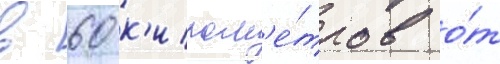
в 60 к'илом'е́тров о́т